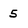
Character: 5